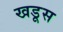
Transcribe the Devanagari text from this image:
खडूस